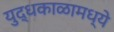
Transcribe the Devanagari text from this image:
युद्धकाळामध्ये